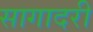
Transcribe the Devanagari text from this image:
सागादरी